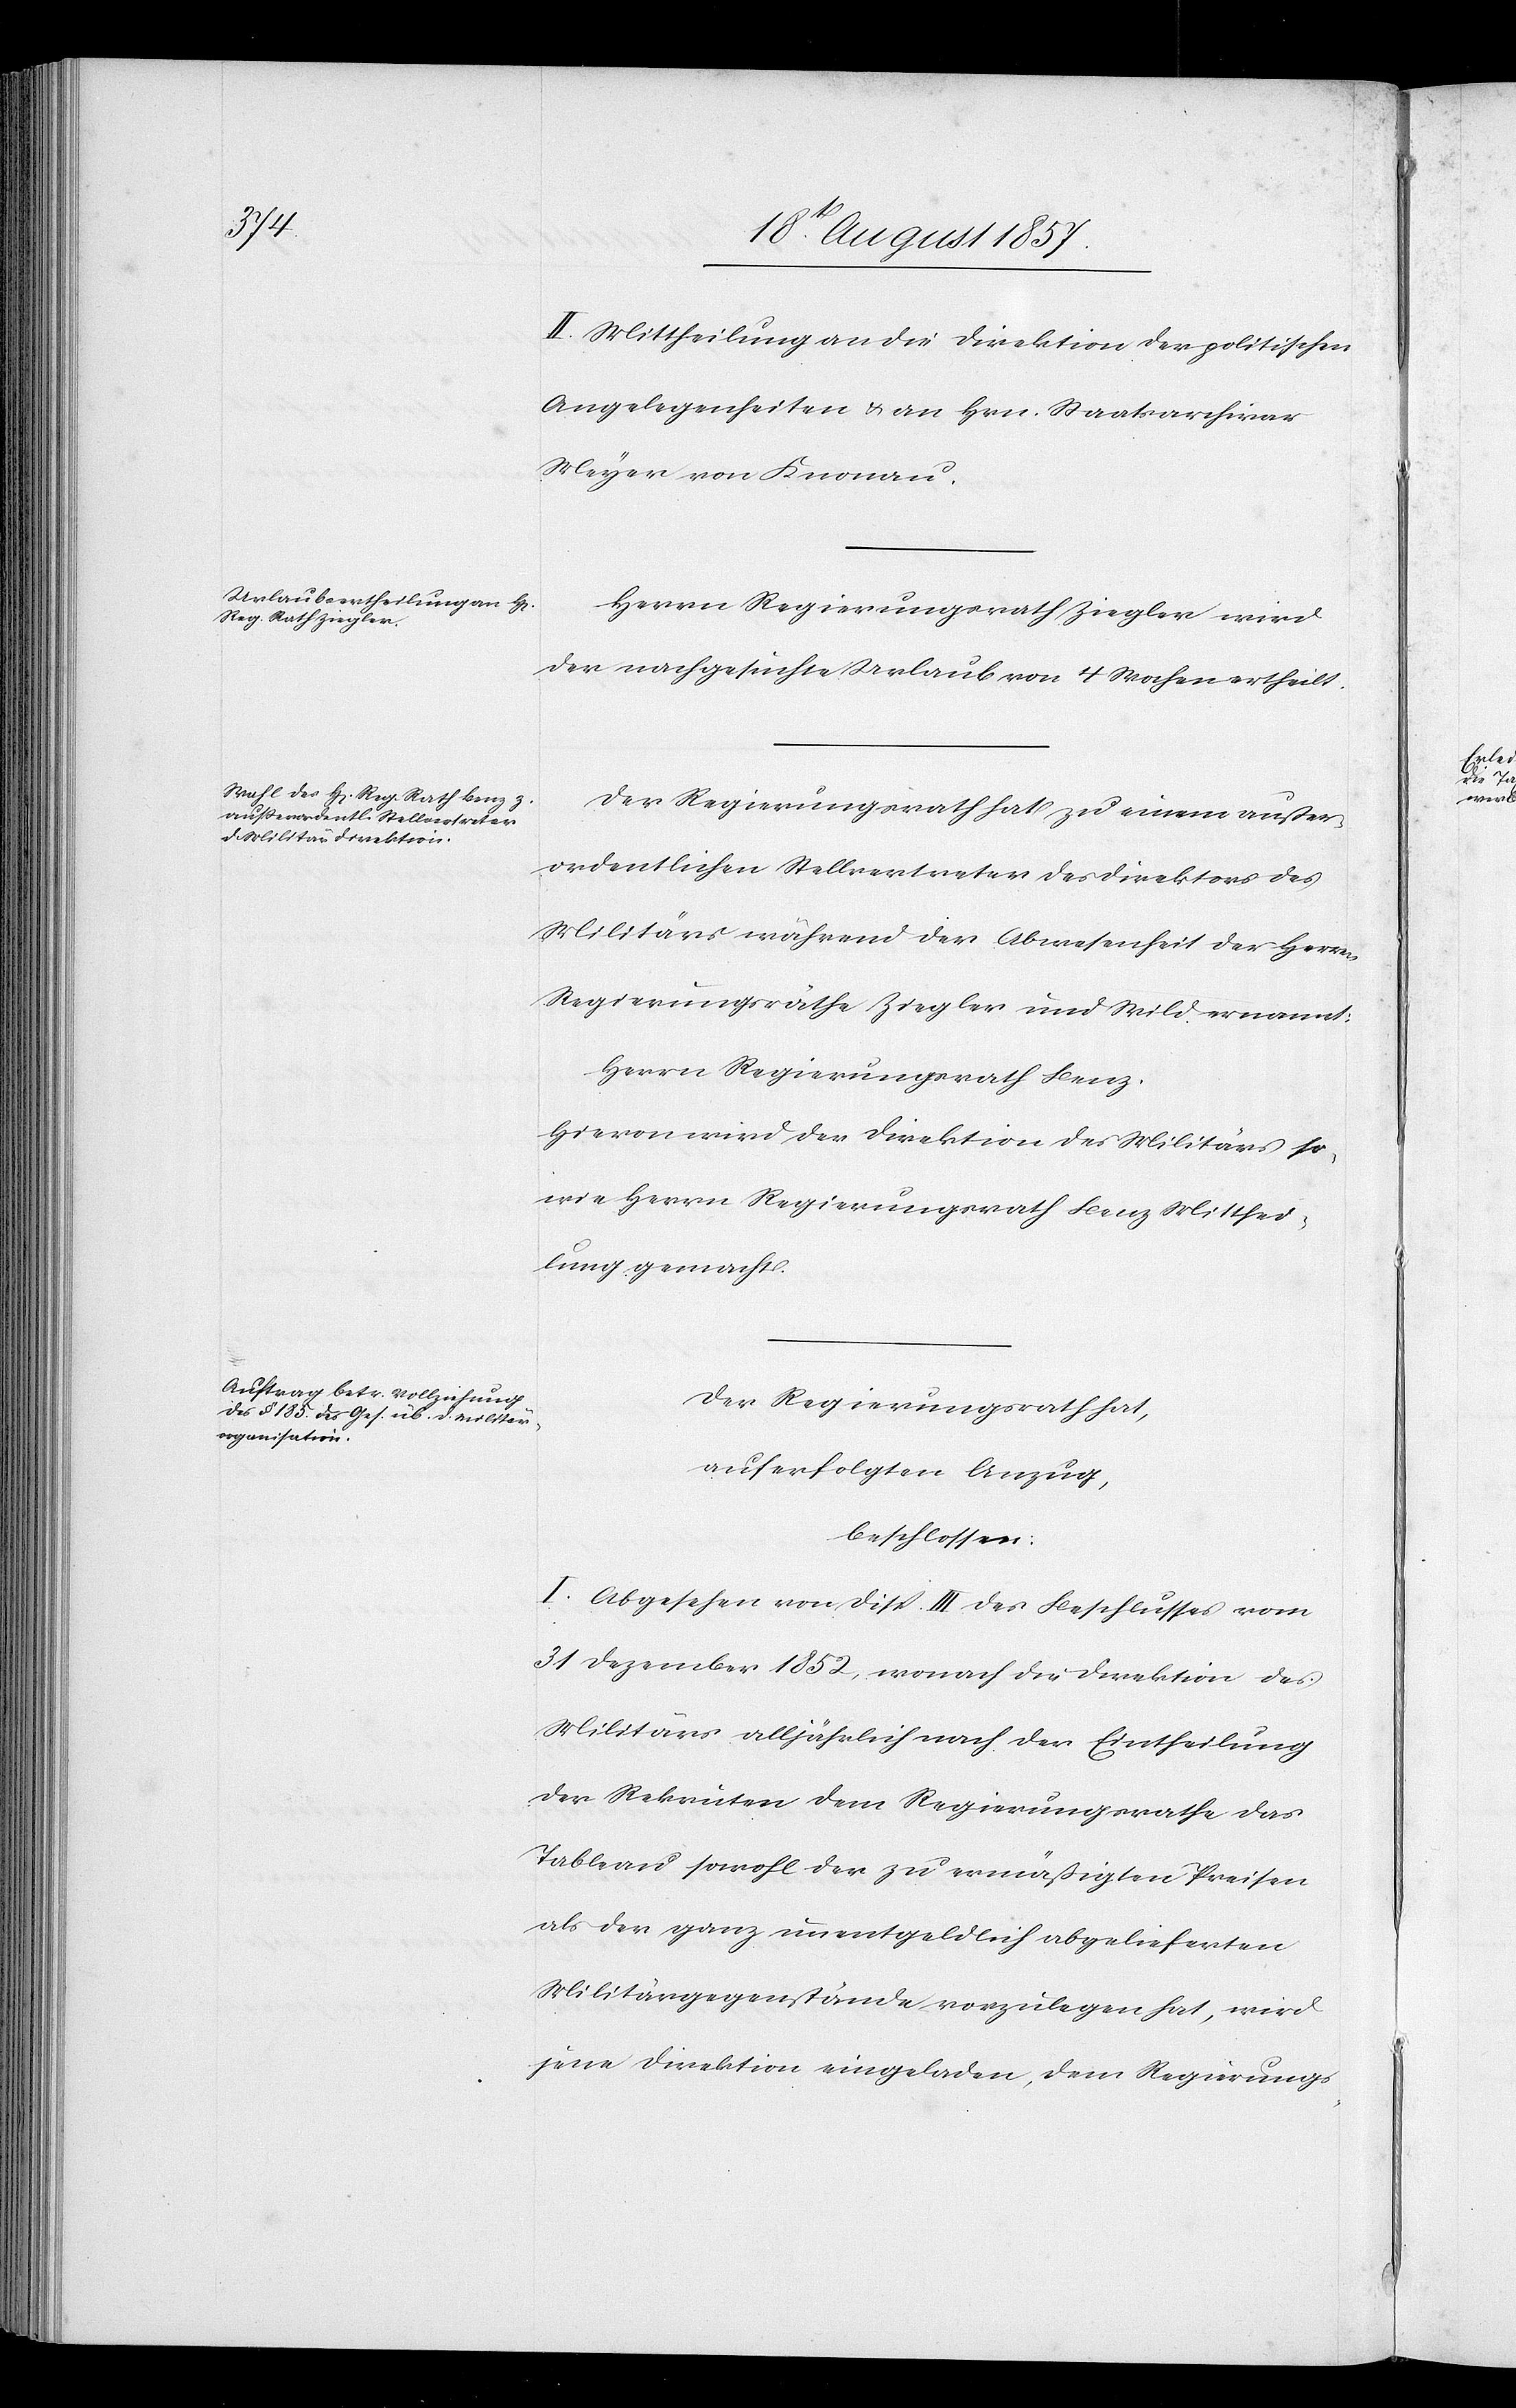
II. Mittheilung an die Direktion der politischen
Angelegenheiten & an Hrn. Staatsarchivar
Meyer von Knonau.
Herrn Regierungsrath Ziegler wird
der nachgesuchte Urlaub von 4 Wochen ertheilt.
Der Regierungsrath hat zu einem außer¬
ordentlichen Stellvertreter des Direktors des
Militärs während der Abwesenheit der Herrn
Regierungsräthe Ziegler und Wild ernannt:
Herrn Regierungsrath Benz.
Hievon wird der Direktion des Militärs so¬
wie Herrn Regierungsrath Benz Mitthei¬
lung gemacht.
Der Regierungsrath hat,
auf erfolgten Anzug,
beschlossen:
I. Abgesehen von Disp. III des Beschlusses vom
31 Dezember 1852, wonach die Direktion des
Militärs alljährlich nach der Ertheilung
der Rekruten dem Regierungsrathe das
Tableau sowohl der zu ermäßigten Preisen
als der ganz unentgeldlich abgelieferten
Militärgegenstände vorzulegen hat, wird
jene Direktion eingeladen, dem Regierungs-